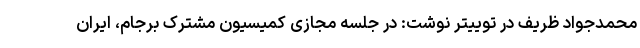
محمدجواد ظریف در توییتر نوشت: در جلسه مجازی کمیسیون مشترک برجام، ایران